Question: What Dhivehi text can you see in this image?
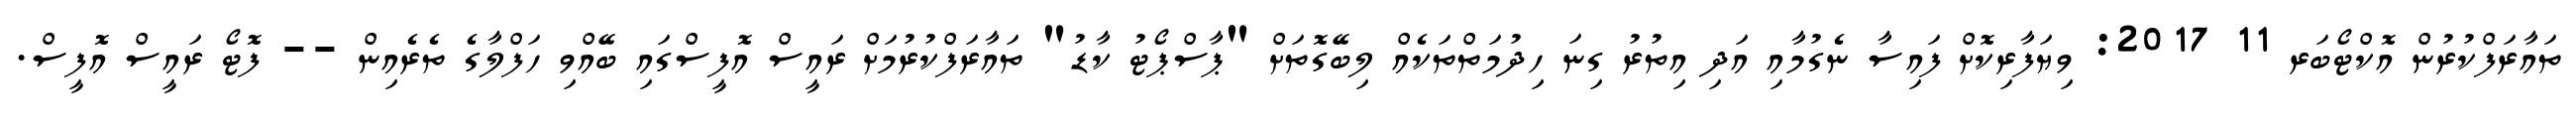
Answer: ތައާރަފްކުރުން އޮކްޓޯބަރ 11 2017: ވިޔަފާރިކޮށް ފައިސާ ނެގުމާއި އަދި އިތުރު ގިނަ ހިދުމަތްތަކެއް ލިބޭގޮތަށް "ޕާސްޕޯޓު ކާޑު" ތައާރަފްކުރުމަށް ރައީސް އޮފީސްގައި ބޭއްވި ހަފްލާގެ ތެރެއިން -- ފޮޓޯ ރައީސް އޮފީސް.